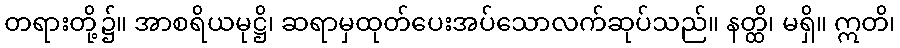
တရားတို့၌။ အာစရိယမုဋ္ဌိ၊ ဆရာမှထုတ်ပေးအပ်သောလက်ဆုပ်သည်။ နတ္ထိ၊ မရှိ။ ဣတိ၊